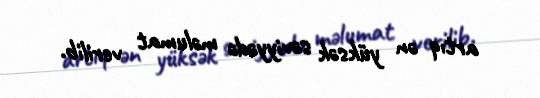
artıq ən yüksək səviyyədə məlumat verilib.